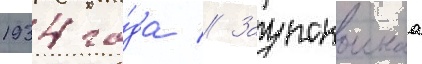
1934 го́да // Заупокоинаа